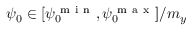
\psi _ { 0 } \in [ \psi _ { 0 } ^ { \mathrm { ~ m ~ i ~ n ~ } } , \psi _ { 0 } ^ { \mathrm { ~ m ~ a ~ x ~ } } ] / m _ { y }